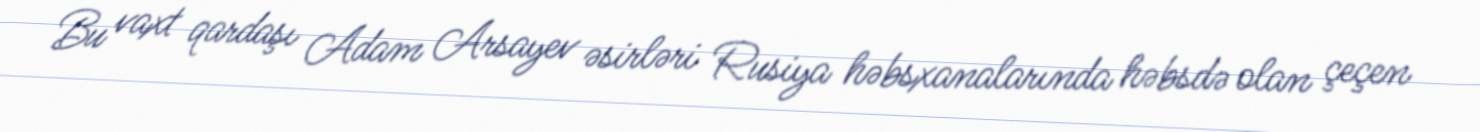
Bu vaxt qardaşı Adam Arsayev əsirləri Rusiya həbsxanalarında həbsdə olan çeçen